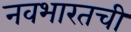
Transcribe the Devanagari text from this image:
नवभारतची